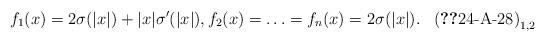
LaTeX: \begin{align*}f_1(x)= 2 \sigma (|x|) + |x| \sigma'(|x|),f_2 (x)=\ldots =f_n(x)= 2\sigma (|x|).\tag*{$\textup{(\ref*{24-A-28})}_{1,2}$}\end{align*}